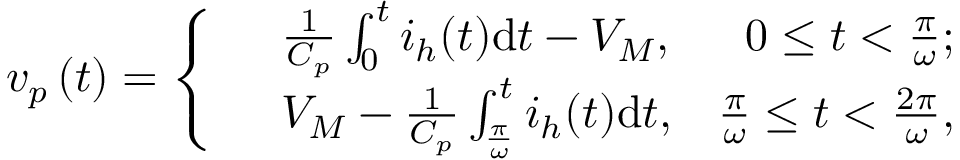
{ v _ { p } } \left( t \right) = \left\{ \begin{array} { r l r } & { \frac { 1 } { C _ { p } } \int _ { 0 } ^ { t } i _ { h } ( t ) \mathrm { d } t - { V _ { M } } , } & { 0 \le t < \frac { \pi } { \omega } ; } \\ & { { V _ { M } } - \frac { 1 } { C _ { p } } \int _ { \frac { \pi } { \omega } } ^ { t } i _ { h } ( t ) \mathrm { d } t , } & { \frac { \pi } { \omega } \le t < \frac { 2 \pi } { \omega } , } \end{array} \right.